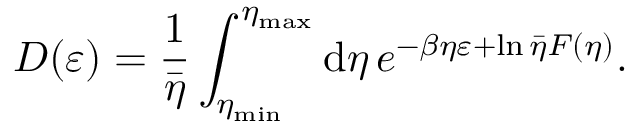
D ( \varepsilon ) = \frac { 1 } { \bar { \eta } } \int _ { \eta _ { \mathrm { m i n } } } ^ { \eta _ { \mathrm { m a x } } } \mathrm { d } \eta \, e ^ { - \beta \eta \varepsilon + \ln \bar { \eta } F ( \eta ) } .